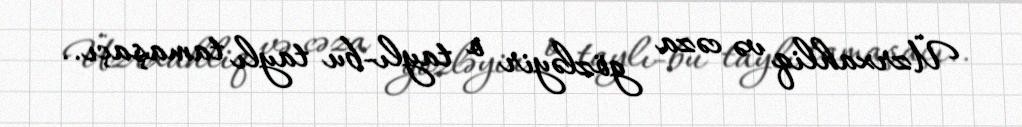
Üzrxahliq və cəza gözləyir o taylı-bu taylı tamaşaçı..